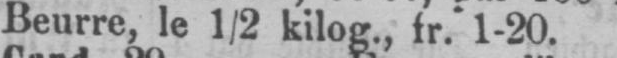
Beurre, le ½ kilog., fr. 1-20.